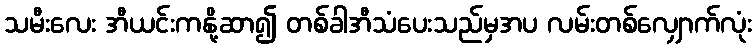
သမီးလေး အီယင်းကနို့ဆာ၍ တစ်ခါအီသံပေးသည်မှအပ လမ်းတစ်လျှောက်လုံး